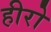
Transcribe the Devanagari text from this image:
हीरो